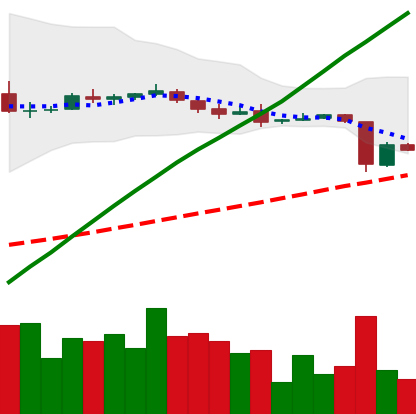
Ticker: DOGE-USD
Chart end date: 2018-10-13
Forward return: -15.361%
Label: down_7plus